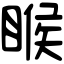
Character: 睺